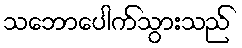
သဘောပေါက်သွားသည်